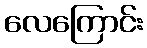
လေကြောင်း